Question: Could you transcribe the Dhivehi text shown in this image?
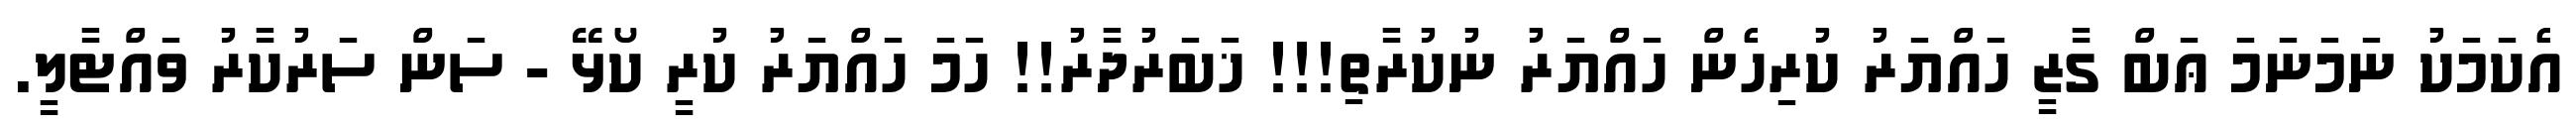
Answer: އެކަމަކު ނަމަނަމަ ޢަބް ގާޒީ ހައްޔަރު ކުރިހެން ހައްޔަރު ނުކުރާތި!!! ޚަބަރުދާރު!! ހަމަ ހައްޔަރު ކުރީ ކޯޅޭ - ސަން ސަރުކާރު ވައްޓާލީ.